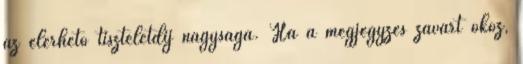
az elérhető tiszteletdíj nagysága. Ha a megjegyzés zavart okoz,